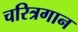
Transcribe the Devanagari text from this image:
चरित्रगान